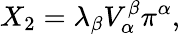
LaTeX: X_{2}=\lambda_{\beta}V_{\alpha}^{\beta}\pi^{\alpha},